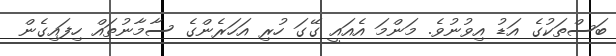
ބަސްތަކުގެ އަޑު އިވުނުވެ. މަންމަ އެއައީ ގޭގަ ހުރި އަހަރެންގެ ސާމާނުތައް ހިފައިގެން